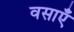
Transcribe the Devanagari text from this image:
वसाएँ